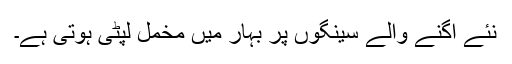
نئے اگنے والے سینگوں پر بہار میں مخمل لپٹی ہوتی ہے۔